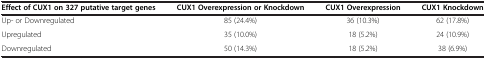
<table><thead><tr><td><b>Effect of CUX1 on 327 putative target genes</b></td><td><b>CUX1 Overexpression or Knockdown</b></td><td><b>CUX1 Overexpression</b></td><td><b>CUX1 Knockdown</b></td></tr></thead><tbody><tr><td>Up- or Downregulated</td><td>85 (24.4%)</td><td>36 (10.3%)</td><td>62 (17.8%)</td></tr><tr><td>Upregulated</td><td>35 (10.0%)</td><td>18 (5.2%)</td><td>24 (10.9%)</td></tr><tr><td>Downregulated</td><td>50 (14.3%)</td><td>18 (5.2%)</td><td>38 (6.9%)</td></tr></tbody></table>